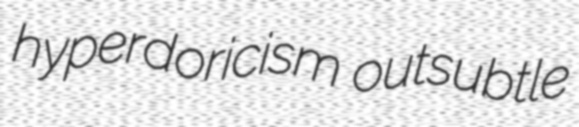
hyperdoricism outsubtle